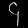
Digit: ၄